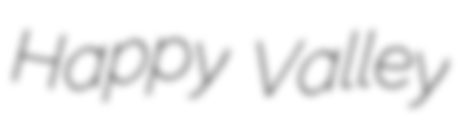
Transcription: Happy Valley